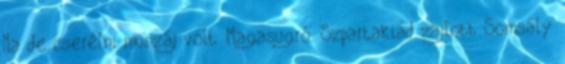
Na de cserélni muszáj volt. Magasugró. Szpartakiád zajlott Somsály